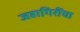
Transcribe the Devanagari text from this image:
जहागिरींचा